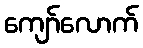
ကျော်လောက်